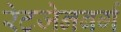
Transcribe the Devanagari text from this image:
रेटजेनबर्ग